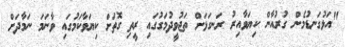
"އަޅުގަނޑުމެން ގުރުއާން ކިޔަވާއިރު ރަނގަޅަށް ތަޖުވީދުމަގުގައި ރީތި ގޮތަށް ކިޔަވާކަމުގައި ވާނަމަ ނަމާދަށް